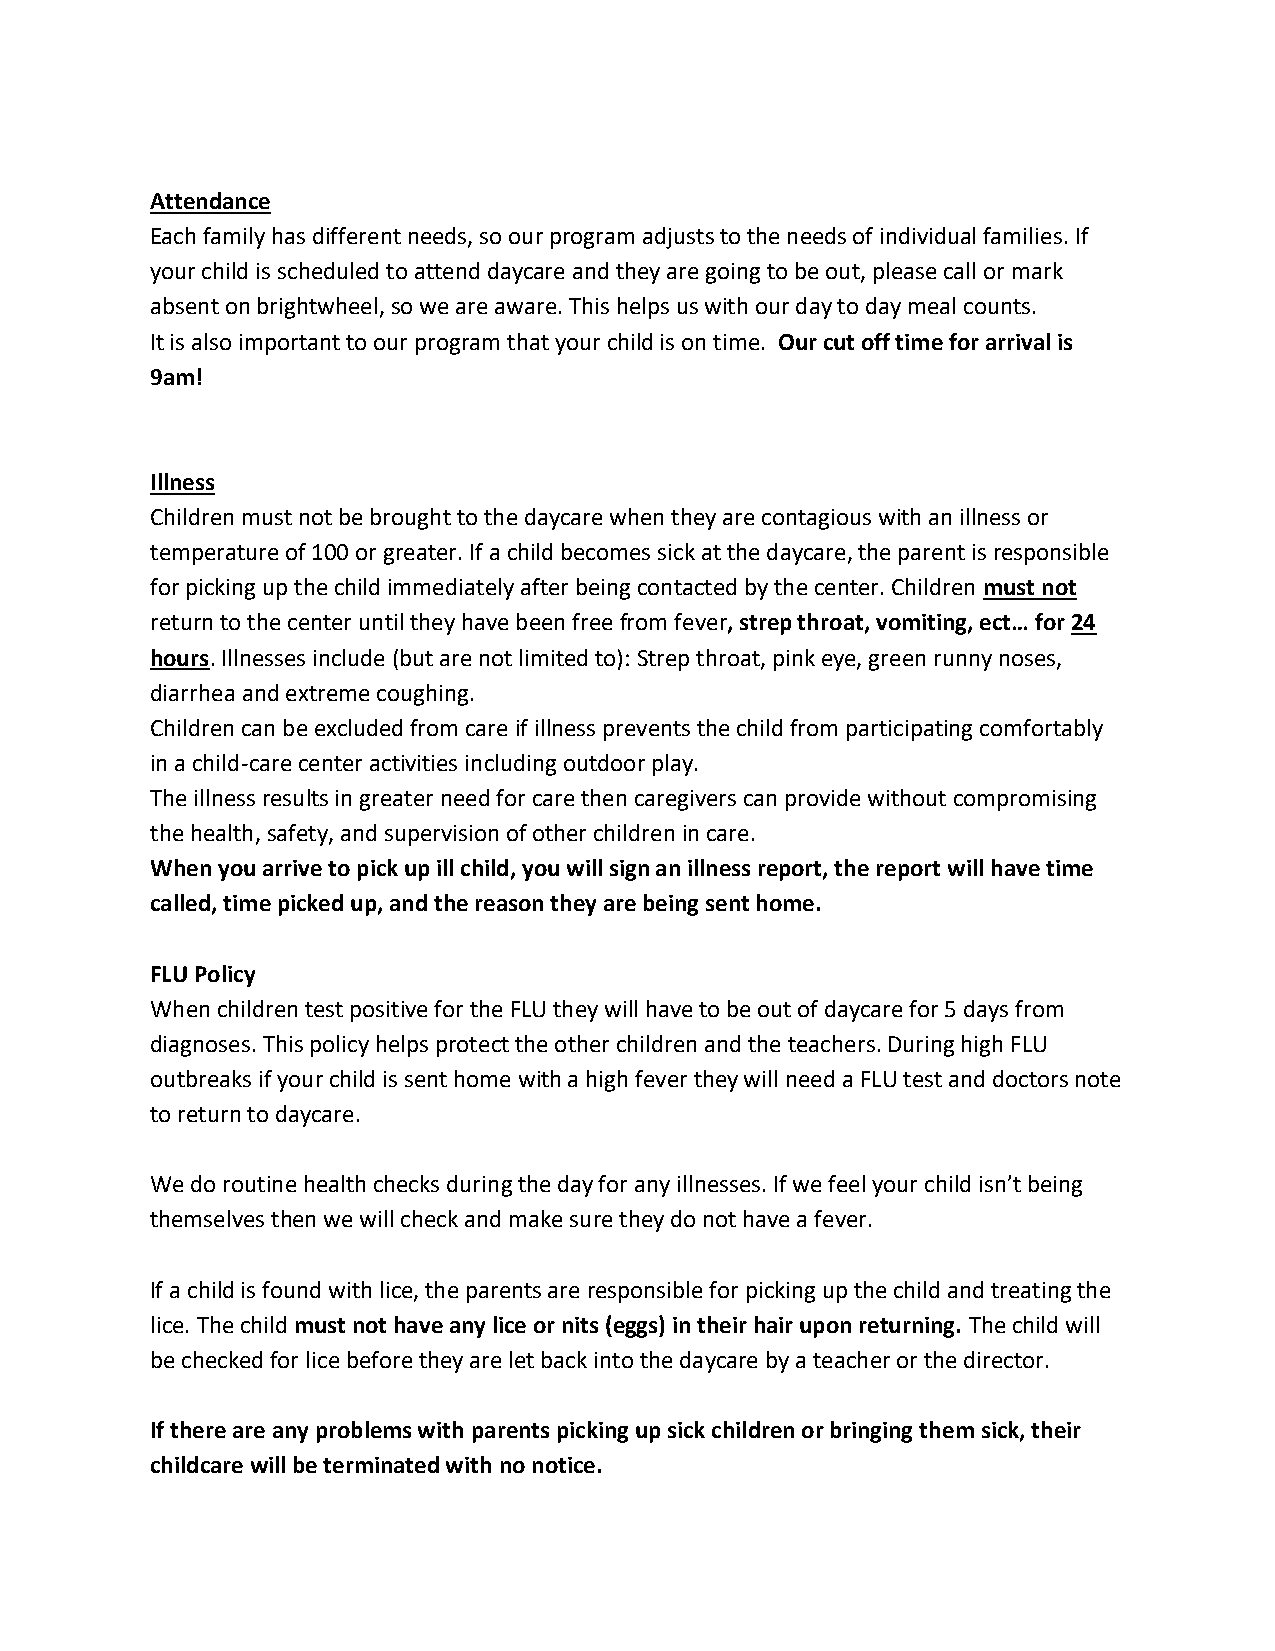
Attendance
 Each family has different needs, so our program adjusts to the needs of individual families. If
 your child is scheduled to attend daycare and they are going to be out, please call or mark
 absent on brightwheel, so we are aware. This helps us with our day to day meal counts.
 It is also important to our program that your child is on time. Our cut off time for arrival is
 9am!
 Illness
 Children must not be brought to the daycare when they are contagious with an illness or
 temperature of 100 or greater. If a child becomes sick at the daycare, the parent is responsible
 for picking up the child immediately after being contacted by the center. Children must not
 return to the center until they have been free from fever, strep throat, vomiting, ect… for 24
 hours. Illnesses include (but are not limited to): Strep throat, pink eye, green runny noses,
 diarrhea and extreme coughing.
 Children can be excluded from care if illness prevents the child from participating comfortably
 in a child-care center activities including outdoor play.
 The illness results in greater need for care then caregivers can provide without compromising
 the health, safety, and supervision of other children in care.
 When you arrive to pick up ill child, you will sign an illness report, the report will have time
 called, time picked up, and the reason they are being sent home.
 FLU Policy
 When children test positive for the FLU they will have to be out of daycare for 5 days from
 diagnoses. This policy helps protect the other children and the teachers. During high FLU
 outbreaks if your child is sent home with a high fever they will need a FLU test and doctors note
 to return to daycare.
 We do routine health checks during the day for any illnesses. If we feel your child isn’t being
 themselves then we will check and make sure they do not have a fever.
 If a child is found with lice, the parents are responsible for picking up the child and treating the
 lice. The child must not have any lice or nits (eggs) in their hair upon returning. The child will
 be checked for lice before they are let back into the daycare by a teacher or the director.
 If there are any problems with parents picking up sick children or bringing them sick, their
 childcare will be terminated with no notice.